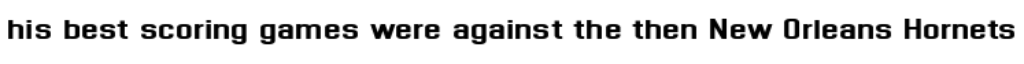
his best scoring games were against the then New Orleans Hornets